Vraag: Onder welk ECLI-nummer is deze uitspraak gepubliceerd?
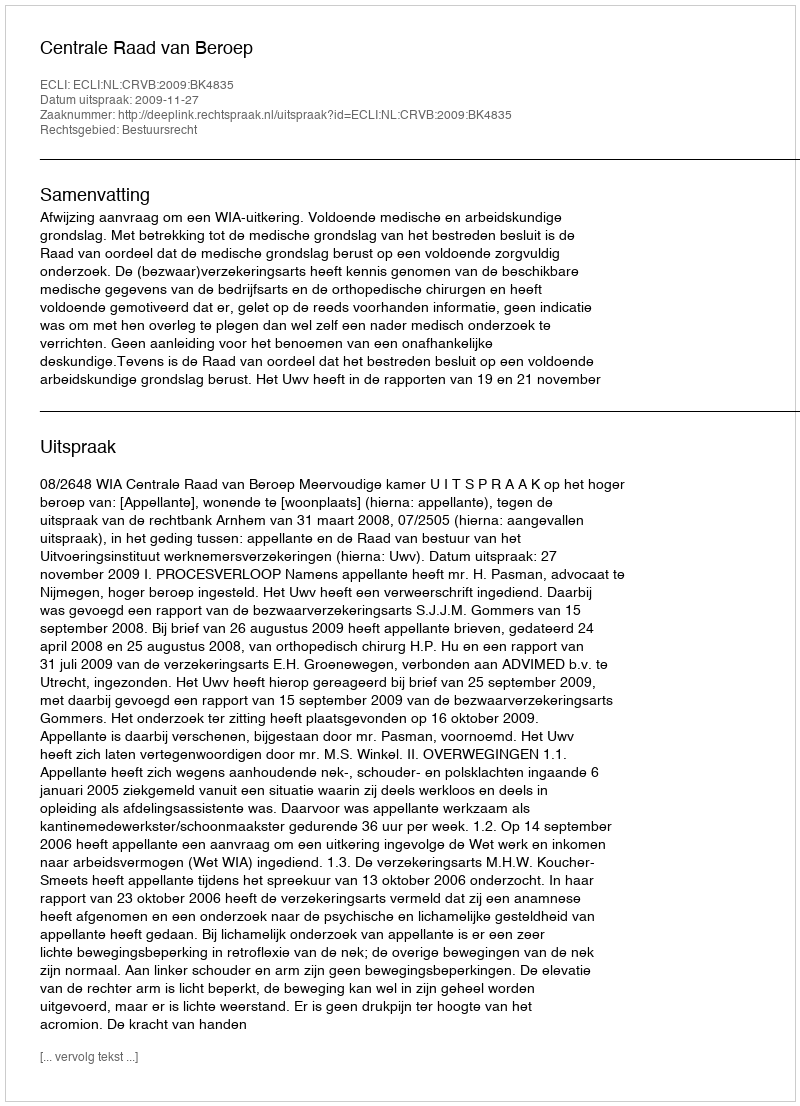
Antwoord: ECLI:NL:CRVB:2009:BK4835